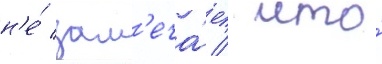
н'е́ зам'еча́ет / что́